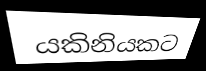
යකිනියකට